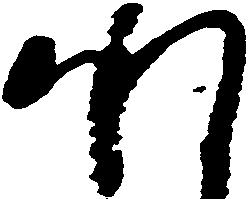
承